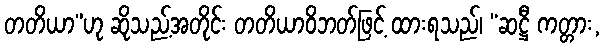
တတိယာ”ဟု ဆိုသည့်အတိုင်း တတိယာဝိဘတ်ဖြင့် ထားရသည်၊ “ဆဋ္ဌီ ကတ္တား,